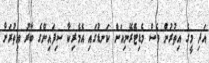
އަދި މީގެ އިތުރުން ވެސް މެޑިޓެރޭނިއަން ކަނޑުގައި އެމެރިކާ ސިފައިންގެ ބާރު އިތުރަށް